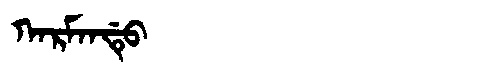
Manchu: ᡴᠠᡵᠮᠠᠨᡩᡠ
Romanization: KARMANDU